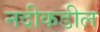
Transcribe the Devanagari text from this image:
नदीकडील